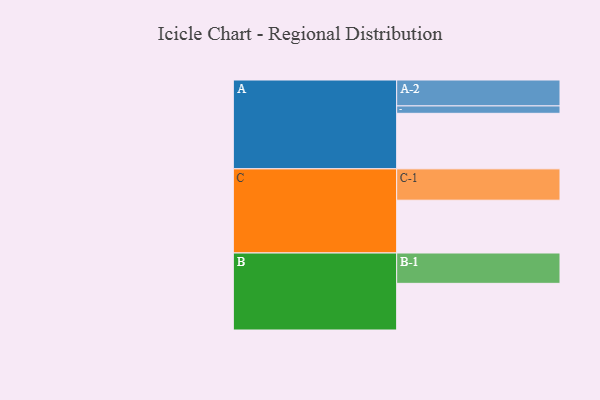
{"axis": {"x": "Segment", "y": "Value"}, "legend": ["", "A", "B", "C"], "data": [{"x": "A", "y": 450, "type": ""}, {"x": "B", "y": 378, "type": ""}, {"x": "C", "y": 428, "type": ""}, {"x": "A-1", "y": 60, "type": "A"}, {"x": "A-2", "y": 210, "type": "A"}, {"x": "B-1", "y": 246, "type": "B"}, {"x": "C-1", "y": 254, "type": "C"}]}